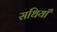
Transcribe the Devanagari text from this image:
सधियाँ